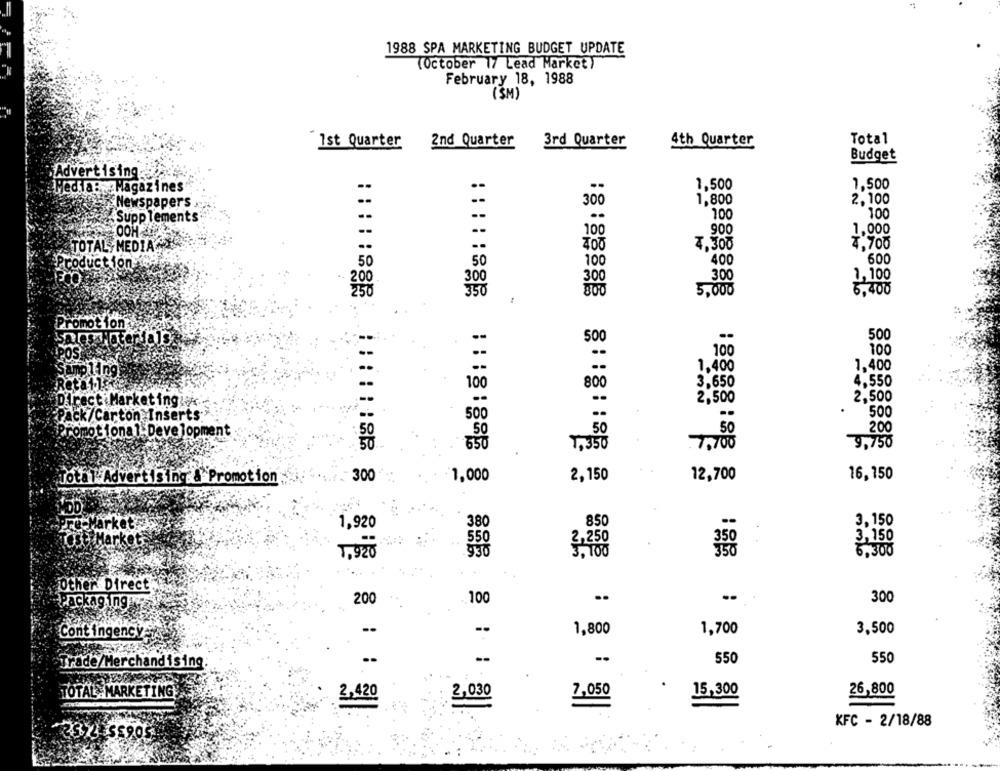
1988 SPA MARKETING BUDGET UPDATE
(October 17 Lead Market)
February 18, 1988
(SM)
Total
1st Quarter
2nd Quarter
3rd Quarter
4th Quarter
Budget
Advertising
--
1,500
1,500
Media: Magazines
2,100
Newspapers .
300
1,800
--
100
100
Supplements
100
900
1,000
TOTAL, MEDIA
7,300
4.700
50
50
400
600
100
300
1,100
300
350
5,000
6,400
: : : : : 885
Promot fon
500
500
100
100
1,400
1,400
Sampling
100
800
3,650
4,550
2,500
2,500
Direct Marketing .
-pack/Carton Inserts
500
500
Promotional- Development
50
50
50
50
200
50
650
7, 350
77700
9,750
-300
1,000
2,150
12,700
16,150
Total-Advertising & Promotion
1,920
380
850
3.150
2,250
3,150
1,920
3,100
350
6,300
Other Direct
200
100
..
300
Packaging
1,800
1,700
3,500
Contingency
:
--
550
550
Trade/Merchandising
TOTAL :MARKETING
7,050
15,300
26,800
2,030
2,420
KFC - 2/18/88